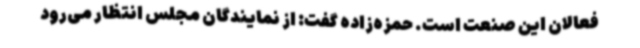
فعالان این صنعت است. حمزه‌زاده گفت: از نمایندگان مجلس انتظار می‌رود